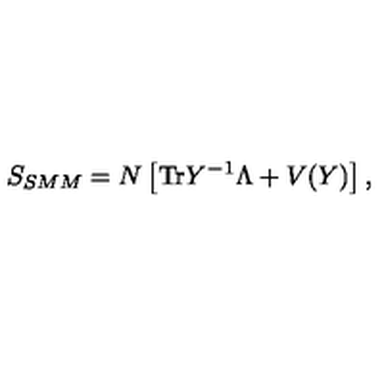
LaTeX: S _ { S M M } = N \left[ \mathrm { T r } Y ^ { - 1 } \Lambda + V ( Y ) \right] ,